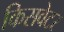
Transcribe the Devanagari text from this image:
किसवेटर